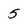
Character: 5